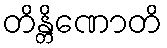
တိန္တိဏောတိ